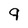
Character: 9